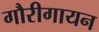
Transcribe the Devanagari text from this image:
गौरीगायन